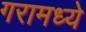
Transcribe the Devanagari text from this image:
गरामध्ये